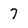
Character: 7